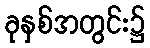
ခုနှစ်အတွင်း၌